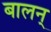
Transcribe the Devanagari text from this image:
बालन्